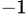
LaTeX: ^{-1}